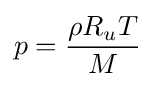
p={\frac {\rho R_{u}T}{M}}